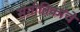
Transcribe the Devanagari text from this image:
संगीतिकांचे